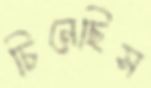
চিনেছিস